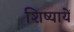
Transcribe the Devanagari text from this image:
शिष्यायें